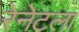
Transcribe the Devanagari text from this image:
रेनेटला